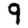
Digit: 9